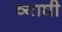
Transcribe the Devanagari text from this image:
व्याघी